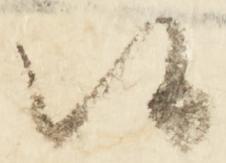
候